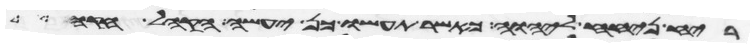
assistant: ריח ניחח ליהוה כאשר תעשו כן יעשה הקהל חקה